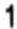
1